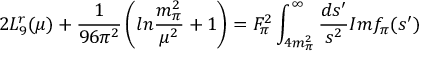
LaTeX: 2 L _ { 9 } ^ { r } ( \mu ) + { \frac { 1 } { 9 6 \pi ^ { 2 } } } \left( l n { \frac { m _ { \pi } ^ { 2 } } { \mu ^ { 2 } } } + 1 \right) = F _ { \pi } ^ { 2 } \int _ { 4 m _ { \pi } ^ { 2 } } ^ { \infty } { \frac { d s ^ { \prime } } { s ^ { 2 } } } I m f _ { \pi } ( s ^ { \prime } )